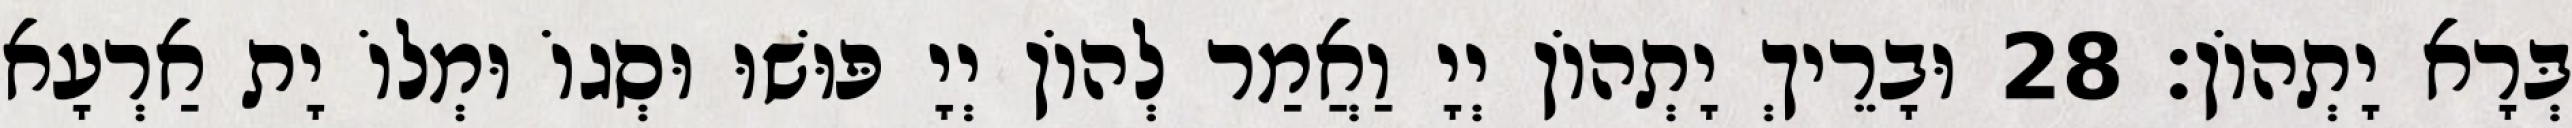
בְּרָא יָתְהוֹן׃ 28 וּבָרֵיךְ יָתְהוֹן יְיָ וַאֲמַר לְהוֹן יְיָ פּוּשׁוּ וּסְגוֹ וּמְלוֹ יָת אַרְעָא